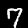
Digit: 7